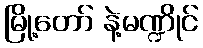
မြို့တော် နဲ့မဏ္ဍိုင်